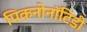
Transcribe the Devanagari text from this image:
पिकनोनॉटिडी